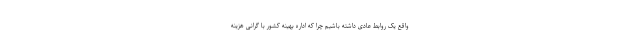
واقع یک روابط عادی داشته باشیم چرا که اداره بهینه کشور با گرانی هزینه